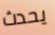
يحدث